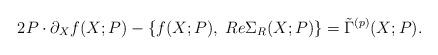
LaTeX: \begin{align*}2 P \cdot \partial_{X} f (X; P) - \left\{ f (X; P), \; Re \Sigma_R (X; P) \right\} = \tilde{\Gamma}^{(p)} (X; P) . \end{align*}